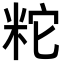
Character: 𥹈